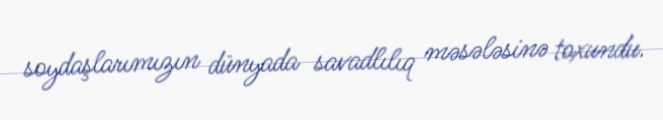
soydaşlarımızın dünyada savadlılıq məsələsinə toxundu.